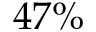
4 7 \%